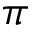
\pi